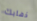
ذهابك